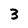
Character: 3